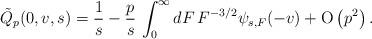
LaTeX: \begin{align*}\tilde{Q}_p(0,v,s)={1\over s}-{p\over s}\thinspace\int_0^\infty dF\thinspace F^{-3/2}\psi_{s,F}(-v)+{\rm O}\left(p^2\right).\end{align*}